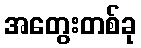
အတွေးတစ်ခု